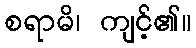
စရာမိ၊ ကျင့်၏။